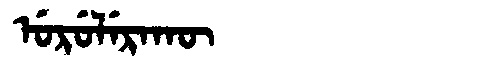
Manchu: ᡠᡵᡠᠯᡝᡵᠠᡴᡡ
Romanization: URULERAKŪ